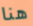
هنا